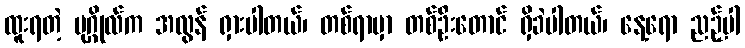
ထူးရတဲ့ ပုဂ္ဂိုလ်က အလွန် ရှားပါတယ်၊ တစ်ရာမှာ တစ်ဦးတောင် ရှိခဲပါတယ်၊ နေ့ရော ညဉ့်ပါ